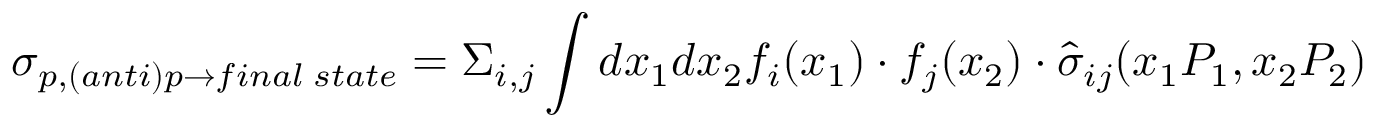
\sigma _ { p , ( a n t i ) p \rightarrow f i n a l \; s t a t e } = \Sigma _ { i , j } \int d x _ { 1 } d x _ { 2 } f _ { i } ( x _ { 1 } ) \cdot f _ { j } ( x _ { 2 } ) \cdot \hat { \sigma } _ { i j } ( x _ { 1 } P _ { 1 } , x _ { 2 } P _ { 2 } )